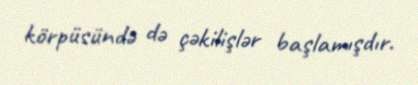
körpüsündə də çəkilişlər başlamışdır.